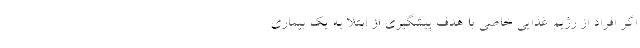
اگر افراد از رژیم غذایی خاصی با هدف پیشگیری از ابتلا به یک بیماری